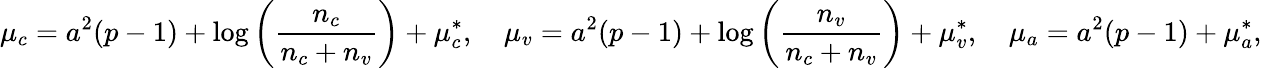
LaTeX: \mu_{c}=a^{2}(p-1)+\log{\left(\frac{n_{c}}{n_{c}+n_{v}}\right)}+\mu_{c}^{*},\quad\mu_{v}=a^{2}(p-1)+\log{\left(\frac{n_{v}}{n_{c}+n_{v}}\right)}+\mu_{v}^{*},\quad\mu_{a}=a^{2}(p-1)+\mu_{a}^{*},